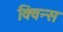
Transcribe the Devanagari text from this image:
क्विन्‍स